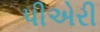
પીએરી